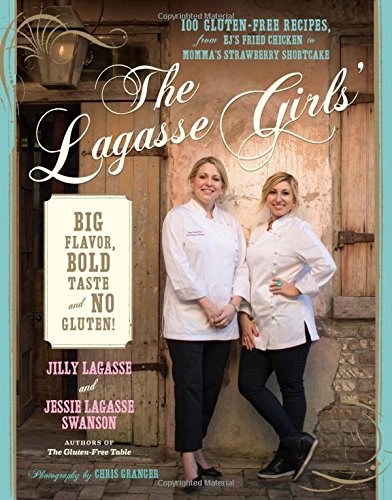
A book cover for The Lagasse Girls' Big Flavor, Bold Taste--and No Gluten!: 100 Gluten-Free Recipes from EJ's Fried Chicken to Momma's Strawberry Shortcake; Jilly Lagasse; Health, Fitness & Dieting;